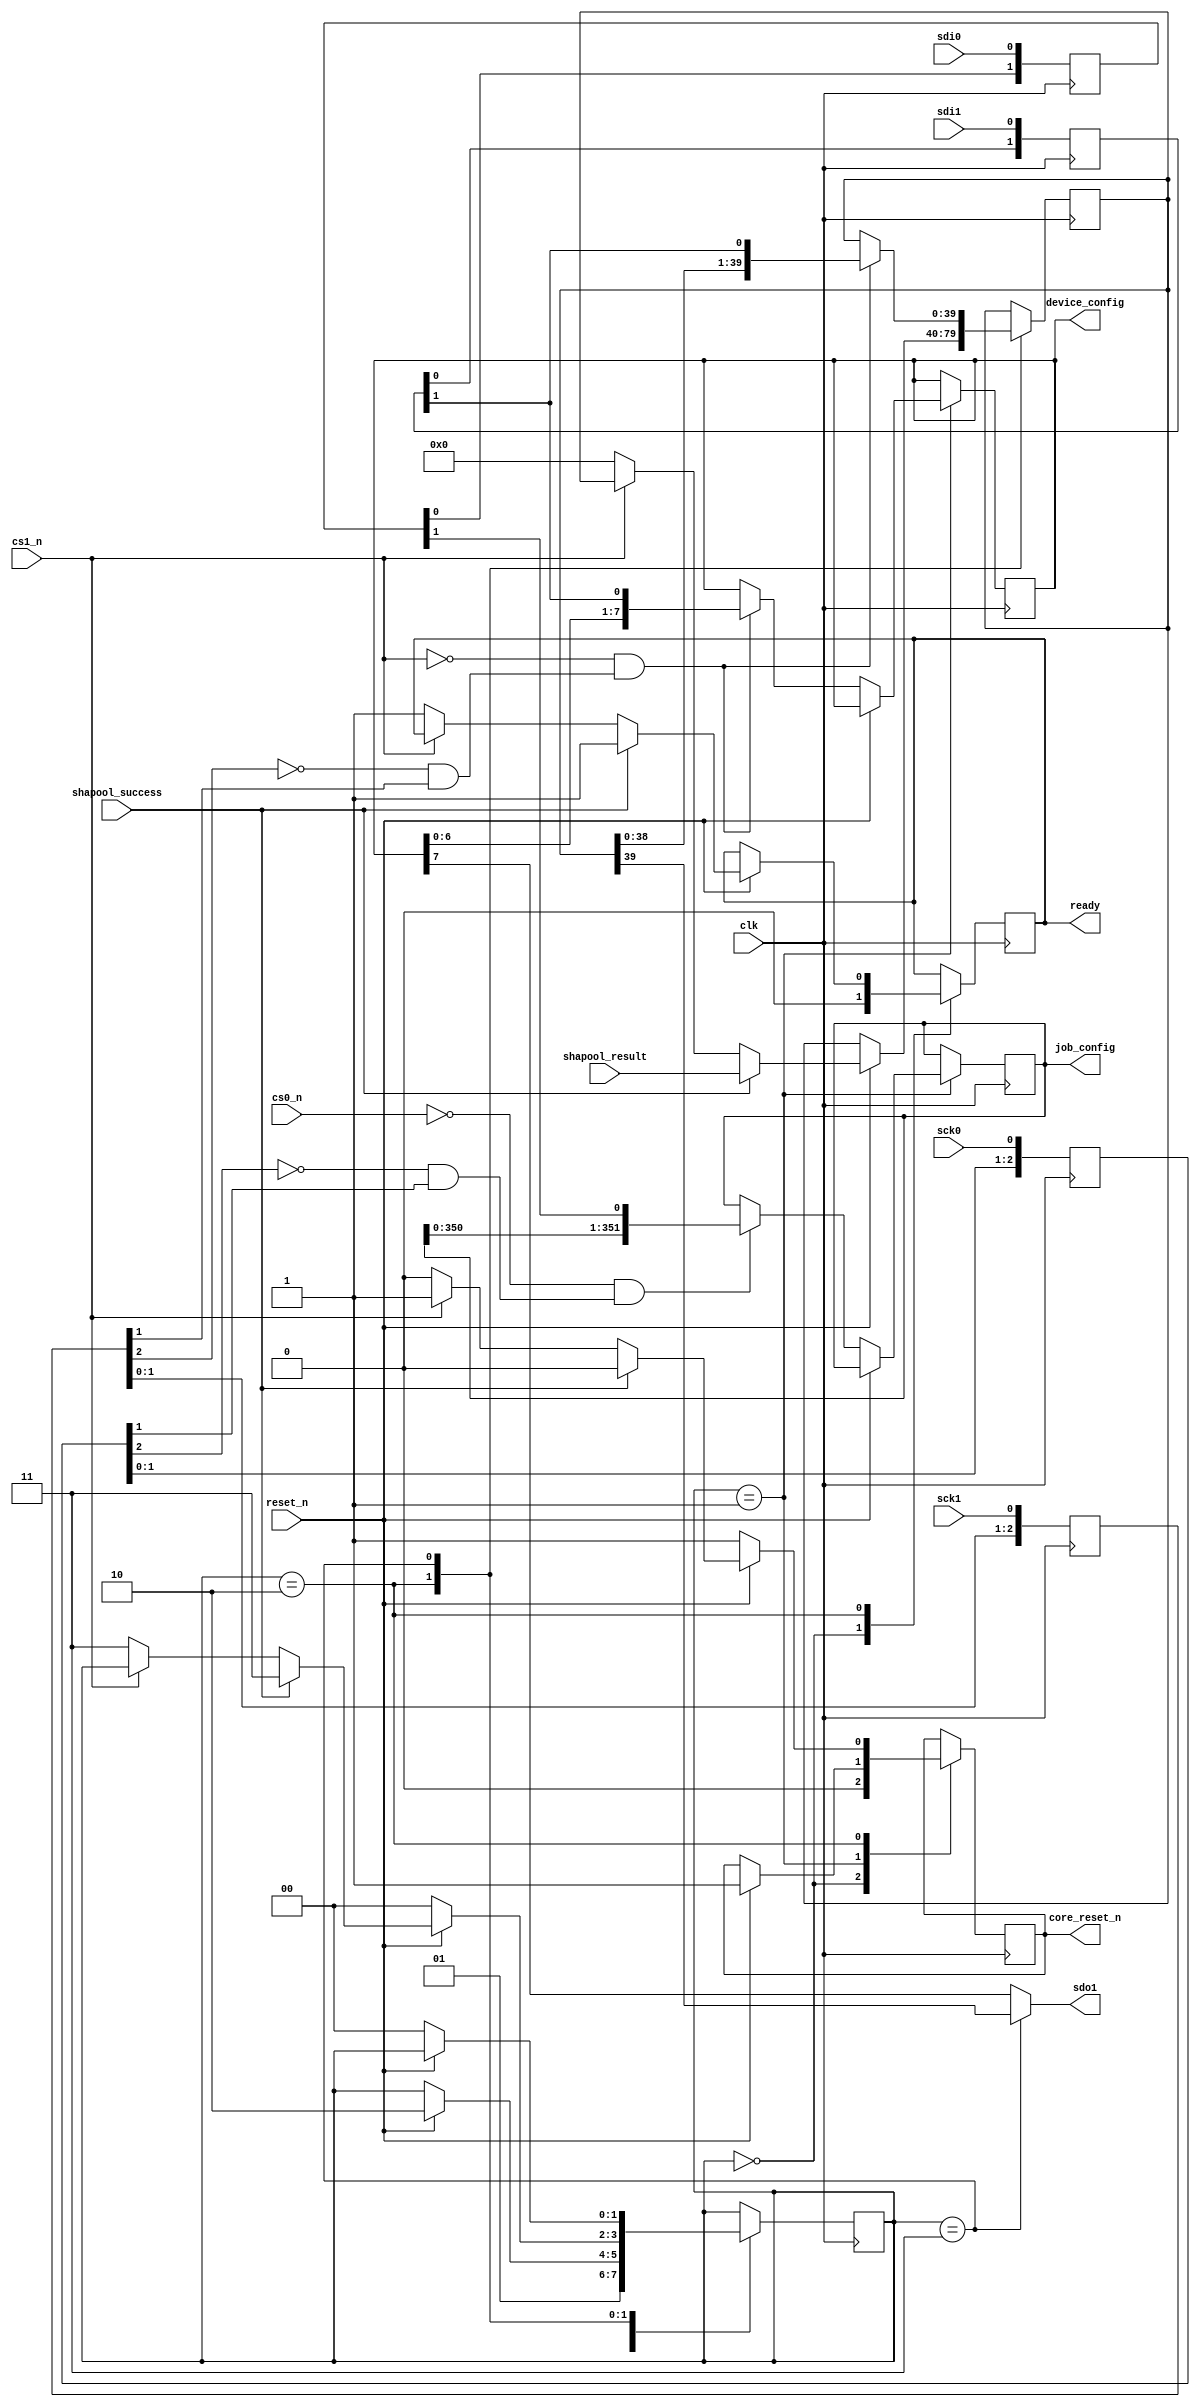
/* interface
 *
 * IO interface for the top level module.
 */
module external_io(
    clk,
    reset_n,
    // SPI(0)
    sck0,
    sdi0,
    cs0_n,
    // SPI(1)
    sck1,
    sdi1,
    sdo1,
    cs1_n,
    // Stored data
    device_config,
    job_config,
    // Control signals
    core_reset_n,
    // From shapool
    shapool_success,
    shapool_result,
    // READY signal
    ready
);

    parameter POOL_SIZE = 2;
    parameter POOL_SIZE_LOG2 = 1;

    parameter DEVICE_CONFIG_WIDTH = 8;        // nonce_start
    parameter JOB_CONFIG_WIDTH    = 256 + 96; // sha_state + message_head
    parameter RESULT_DATA_WIDTH   = 32 + 8;   // nonce + match flags
    // FUTURE scale match_flags?

    // Inputs and outputs

    input wire clk;
    input wire reset_n;

    input wire sck0;
    input wire sdi0;
    input wire cs0_n;

    input wire sck1;
    input wire sdi1;
    output wire sdo1;
    input wire cs1_n; 

    // Stored data
    output reg [DEVICE_CONFIG_WIDTH-1 : 0] device_config = 0;
    output reg [   JOB_CONFIG_WIDTH-1 : 0] job_config    = 0;
    // output reg [   JOB_CONFIG_WIDTH-1 : 0] job_config = {
    //   128'hdc6a3b8d_0c69421a_cb1a5434_e536f7d5, // SHA starting state
    //   128'hc3c1b9e4_4cbb9b8f_95f0172e_fc48d2df, // ...
    //   96'hdc141787_358b0553_535f0119            // Start of message block
    // };

    output reg core_reset_n = 1;

    reg [RESULT_DATA_WIDTH-1 : 0] result_data = 0;

    // From shapool
    input wire shapool_success;
    input wire [RESULT_DATA_WIDTH-1:0] shapool_result;

    // READY signal
    output reg ready;

    // State machine definition
    localparam STATE_RESET = 2'b00,
               STATE_LOAD  = 2'b01,
               STATE_EXEC  = 2'b10,
               STATE_DONE  = 2'b11;

    reg [1:0] state = STATE_RESET;

    // Synchronize SPI signals to reference `clk`

    reg [2:0] sck0_sync = 0;
    reg [1:0] sdi0_sync = 0;
    wire sck0_sync_rising_edge;
    
    reg [2:0] sck1_sync = 0;
    reg [1:0] sdi1_sync = 0;
    wire sck1_sync_rising_edge;

    always @(posedge clk)
      begin
        sck0_sync <= { sck0_sync[1], sck0_sync[0], sck0 };
        sck1_sync <= { sck1_sync[1], sck1_sync[0], sck1 };

        sdi0_sync <= { sdi0_sync[0], sdi0 };
        sdi1_sync <= { sdi1_sync[0], sdi1 };
      end

    assign sck0_sync_rising_edge  = ~sck0_sync[2] & sck0_sync[1];
    assign sck1_sync_rising_edge  = ~sck1_sync[2] & sck1_sync[1];

    // `sdo1` comes from `result_data` when STATE_DONE, otherwise `device_config`
    assign sdo1 = (state == STATE_DONE)
                    ? result_data[RESULT_DATA_WIDTH-1]
                    : device_config[DEVICE_CONFIG_WIDTH-1];

    // Main state machine process
    always @(posedge clk)
      begin
        case(state)

          STATE_RESET:
            begin
              ready <= 0;          // Deassert READY
              core_reset_n <= 0;   // Halt core
              state <= STATE_LOAD;
            end

          STATE_LOAD:
            begin

              // Go to STATE_EXEC when `reset_n` is deasserted
              if (reset_n)
                begin
                  core_reset_n <= 1;
                  state <= STATE_EXEC;
                end

              // Allow `job_config` and `device_config` to be shifted in while `reset_n` is asserted.
              else
                begin
                  // SPI0
                  if (!cs0_n && sck0_sync_rising_edge)
                    job_config <= { job_config[JOB_CONFIG_WIDTH-2 : 0], sdi0_sync[1] };
                  
                  // SPI1
                  if (!cs1_n && sck1_sync_rising_edge)
                    device_config <= { device_config[DEVICE_CONFIG_WIDTH-2 : 0], sdi1_sync[1] };
                end
            end

          STATE_EXEC:
            begin
              core_reset_n <= 1;

              // Go to STATE_RESET when `reset_n` is asserted
              if (!reset_n)
                begin
                  state <= STATE_RESET;
                end
              // Go to STATE_DONE when `shapool_success` is asserted
              else if (shapool_success)
                begin
                  state <= STATE_DONE;
                  ready <= 1;
                  core_reset_n <= 0;
  
                  /* verilator lint_off WIDTHCONCAT */
  
                  // NOTE: The top POOL_SIZE_LOG2 bits are zeroed.
                  //       Host needs to perform check on all possible combination
                  //       of these bits.
  
                  // NOTE: When "success" occurs, the current nonce value is
                  //       one value ahead of the nonce value that caused the success.
                  //       This is because the nonce value feeds the first hash unit,
                  //       whereas success is determined by the result of the
                  //       second.
                  //       In order to save resources, the host is responsible for
                  //       correcting this offset. 
                  result_data <= shapool_result;
                  /* verilator lint_on WIDTHCONCAT */
                end
              // Go to STATE_DONE when `cs1_n` is asserted
              // FUTURE neighbour READY 
              else if (!cs1_n)
                begin
                  state <= STATE_DONE;
                  ready <= 1;
                  core_reset_n <= 0;
                  result_data <= 0;
                end
            end

          STATE_DONE:
            begin
              if (!reset_n)
                state <= STATE_RESET;

              // Shift-in `result_data` (msb-first) on rising edge
              if (!cs1_n && sck1_sync_rising_edge)
                result_data <= { result_data[RESULT_DATA_WIDTH-2 : 0], sdi1_sync[1] };

            end

          default:
            state <= STATE_RESET;

        endcase
      end

endmodule